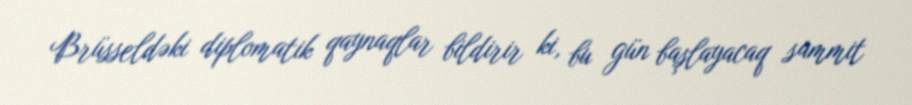
Brüsseldəki diplomatik qaynaqlar bildirir ki, bu gün başlayacaq sammit